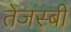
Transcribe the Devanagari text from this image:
तेजस्बी